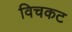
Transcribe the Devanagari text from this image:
विचकट